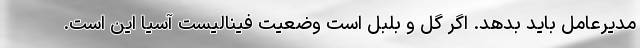
مدیرعامل باید بدهد. اگر گل و بلبل است وضعیت فینالیست آسیا این است.